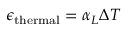
\epsilon _ { \mathrm { t h e r m a l } } = \alpha _ { L } \Delta T